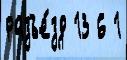
разъе́зд 13 6 1